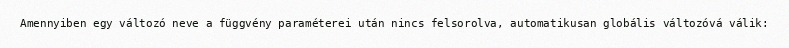
Amennyiben egy változó neve a függvény paraméterei után nincs felsorolva, automatikusan globális változóvá válik: